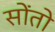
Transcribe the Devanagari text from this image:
सोंतो